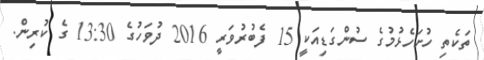
ތަކެތި ހުށަހެޅުމުގެ ސުންގަޑިއަކީ 15 ފެބުރުވަރީ 2016 ދުވަހުގެ 13:30 ގެ ކުރިން.